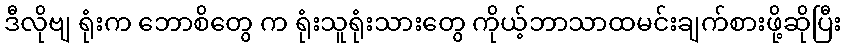
ဒီလိုဗျ ရုံးက ဘောစိတွေ က ရုံးသူရုံးသားတွေ ကိုယ့်ဘာသာထမင်းချက်စားဖို့ဆိုပြီး